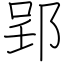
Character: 郢